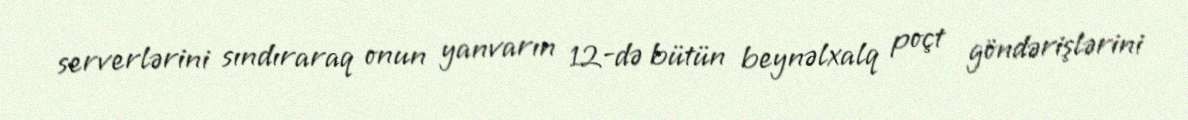
serverlərini sındıraraq onun yanvarın 12-də bütün beynəlxalq poçt göndərişlərini